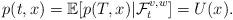
LaTeX: \begin{align*}p(t,x)=\mathbb{E}[p(T,x)|\mathcal{F}^{v,w}_t]=U(x).\end{align*}